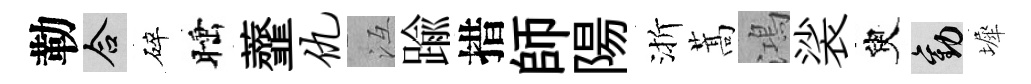
勒合碎睡虀仇冱踰措師陽渐蒿鴻裟臾勸墀